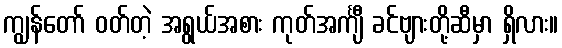
ကျွန်တော် ဝတ်တဲ့ အရွယ်အစား ကုတ်အင်္ကျီ ခင်ဗျားတို့ဆီမှာ ရှိလား။